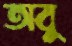
অবু